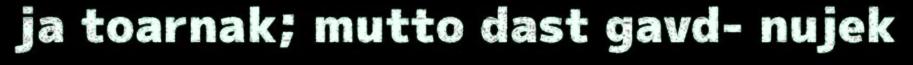
ja toarnak; mutto dast gavd- nujek